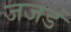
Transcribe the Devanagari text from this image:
जजडं